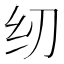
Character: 纫